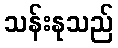
သန်းနုသည်